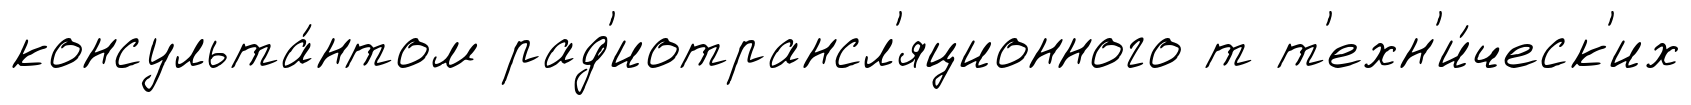
консульта́нтом рад'иотрансл'яционного т т'ехн'и́ческ'их